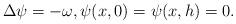
LaTeX: \begin{align*}\Delta \psi=-\omega, \psi(x,0)=\psi(x, h)=0.\end{align*}